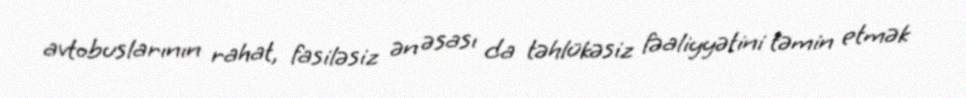
avtobuslarının rahat, fasiləsiz ən əsası da təhlükəsiz fəaliyyətini təmin etmək